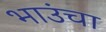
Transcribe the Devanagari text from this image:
भाउंचा